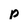
Character: P